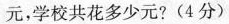
元，学校共花多少元?(4分)